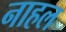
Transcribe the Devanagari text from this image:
नाहल